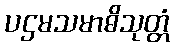
ပဌမသမာဓိသုတ္တံ